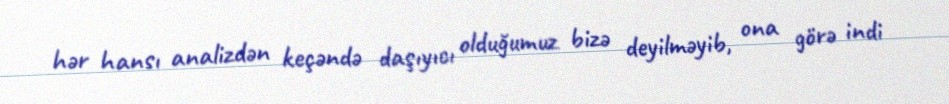
hər hansı analizdən keçəndə daşıyıcı olduğumuz bizə deyilməyib, ona görə indi